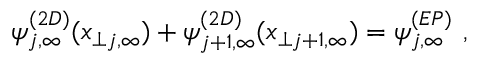
\psi _ { j , \infty } ^ { ( 2 D ) } ( x _ { \perp j , \infty } ) + \psi _ { j + 1 , \infty } ^ { ( 2 D ) } ( x _ { \perp j + 1 , \infty } ) = \psi _ { j , \infty } ^ { ( E P ) } ~ , ~